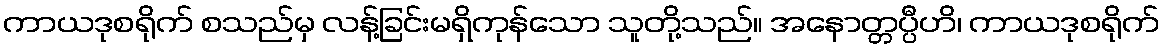
ကာယဒုစရိုက် စသည်မှ လန့်ခြင်းမရှိကုန်သော သူတို့သည်။ အနောတ္တပ္ပီဟိ၊ ကာယဒုစရိုက်